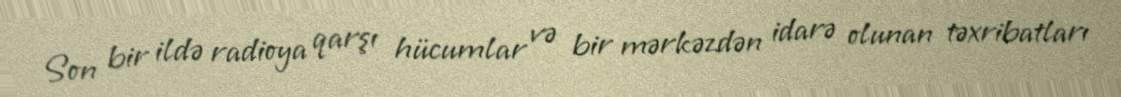
Son bir ildə radioya qarşı hücumlar və bir mərkəzdən idarə olunan təxribatları